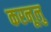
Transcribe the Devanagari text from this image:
करनूलु